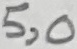
Text: 5,0